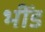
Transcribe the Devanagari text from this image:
भीँड